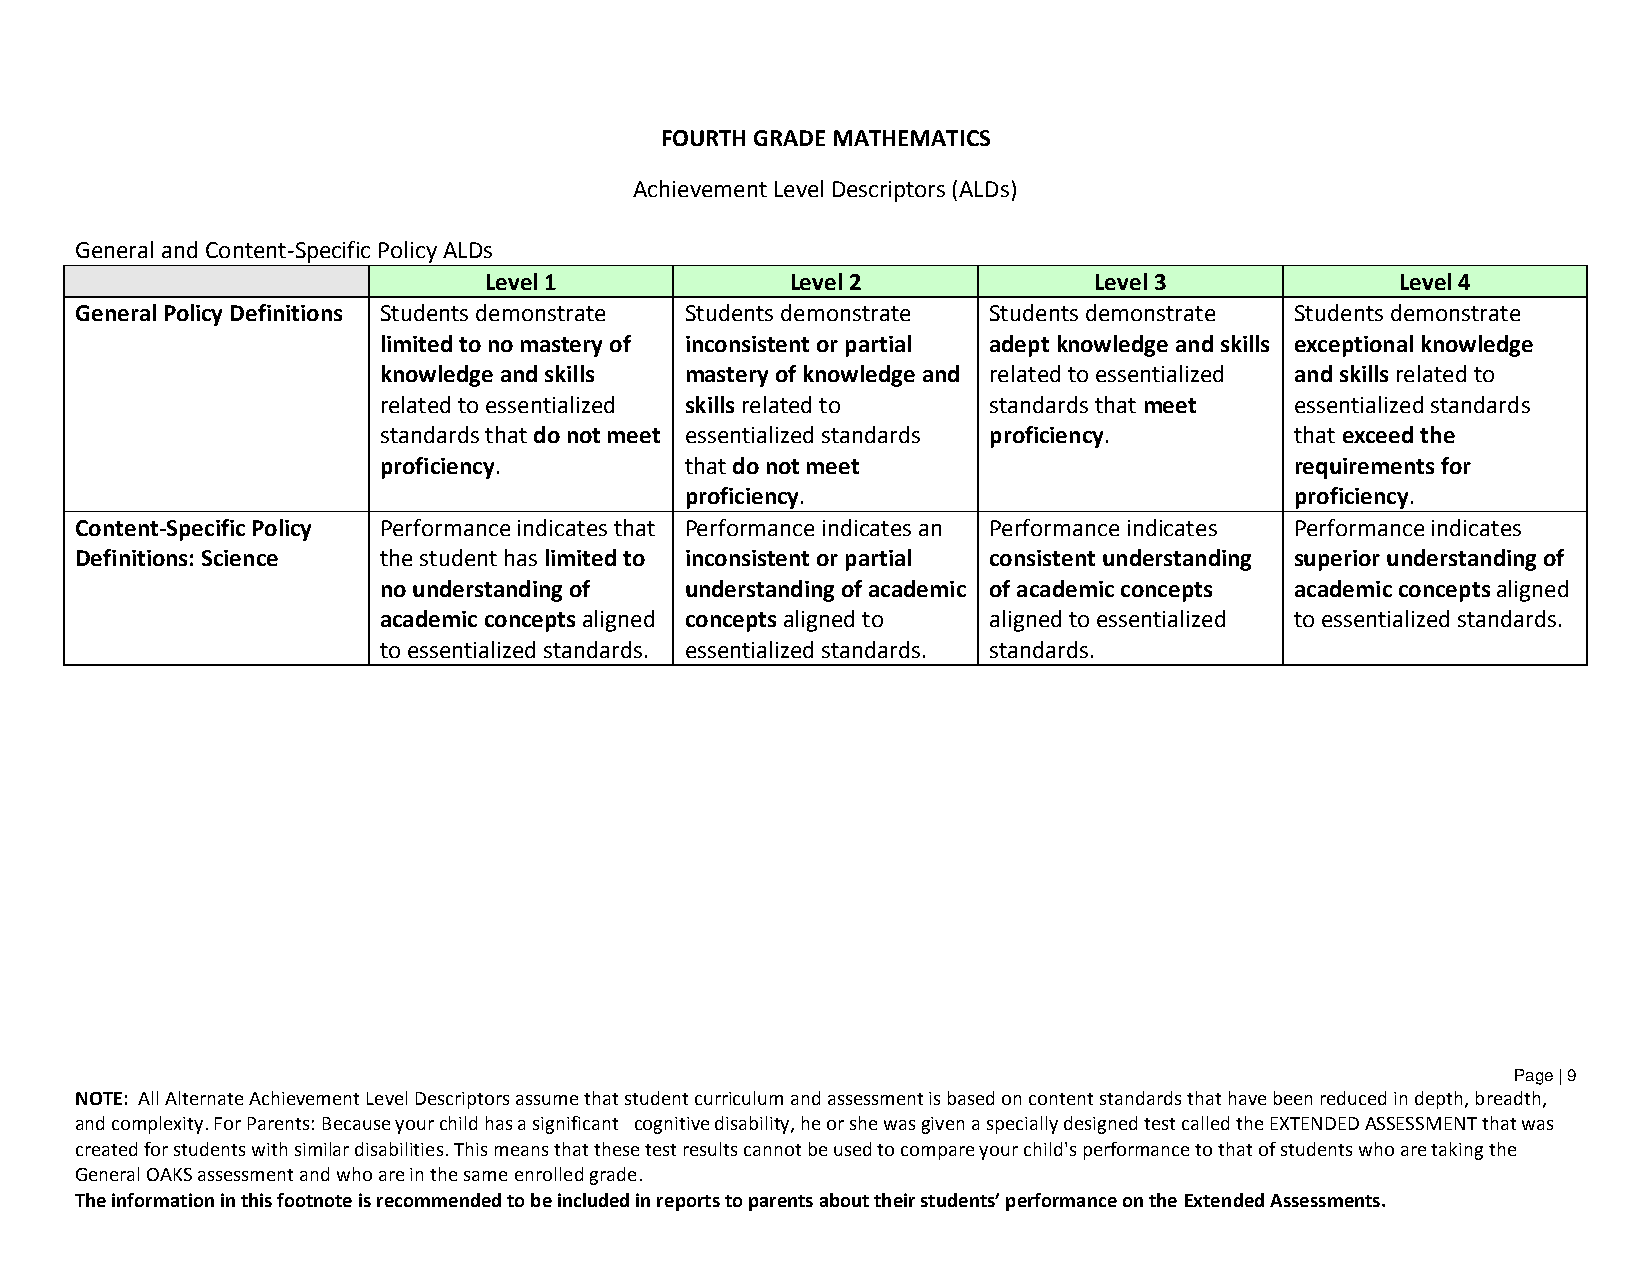
FOURTH GRADE MATHEMATICS
 Achievement Level Descriptors (ALDs)
 General and Content-Specific Policy ALDs
 Level 1             Level 2             Level 3              Level 4
 General Policy Definitions Students demonstrate Students demonstrate Students demonstrate Students demonstrate
 limited to no mastery of inconsistent or partial adept knowledge and skills exceptional knowledge
 knowledge and skills mastery of knowledge and related to essentialized and skills related to
 related to essentialized skills related to standards that meet essentialized standards
 standards that do not meet essentialized standards proficiency. that exceed the
 proficiency.        that do not meet                         requirements for
 proficiency.                             proficiency.
 Content-Specific Policy Performance indicates that Performance indicates an Performance indicates Performance indicates
 Definitions: Science the student has limited to inconsistent or partial consistent understanding superior understanding of
 no understanding of understanding of academic of academic concepts academic concepts aligned
 academic concepts aligned concepts aligned to aligned to essentialized to essentialized standards.
 to essentialized standards. essentialized standards. standards.
 Page | 9
 NOTE: All Alternate Achievement Level Descriptors assume that student curriculum and assessment is based on content standards that have been reduced in depth, breadth,
 and complexity. For Parents: Because your child has a significant cognitive disability, he or she was given a specially designed test called the EXTENDED ASSESSMENT that was
 created for students with similar disabilities. This means that these test results cannot be used to compare your child's performance to that of students who are taking the
 General OAKS assessment and who are in the same enrolled grade.
 The information in this footnote is recommended to be included in reports to parents about their students’ performance on the Extended Assessments.